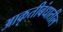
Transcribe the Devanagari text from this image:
आकृतीबंधातील